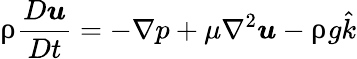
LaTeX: \uprho\frac{D\boldsymbol{u}}{Dt}=-\nabla p+\mu\nabla^{2}\boldsymbol{u}-\uprho g\hat{k}